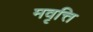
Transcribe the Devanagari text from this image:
मवृत्ति